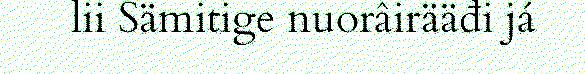
lii Sämitige nuorâirääđi já